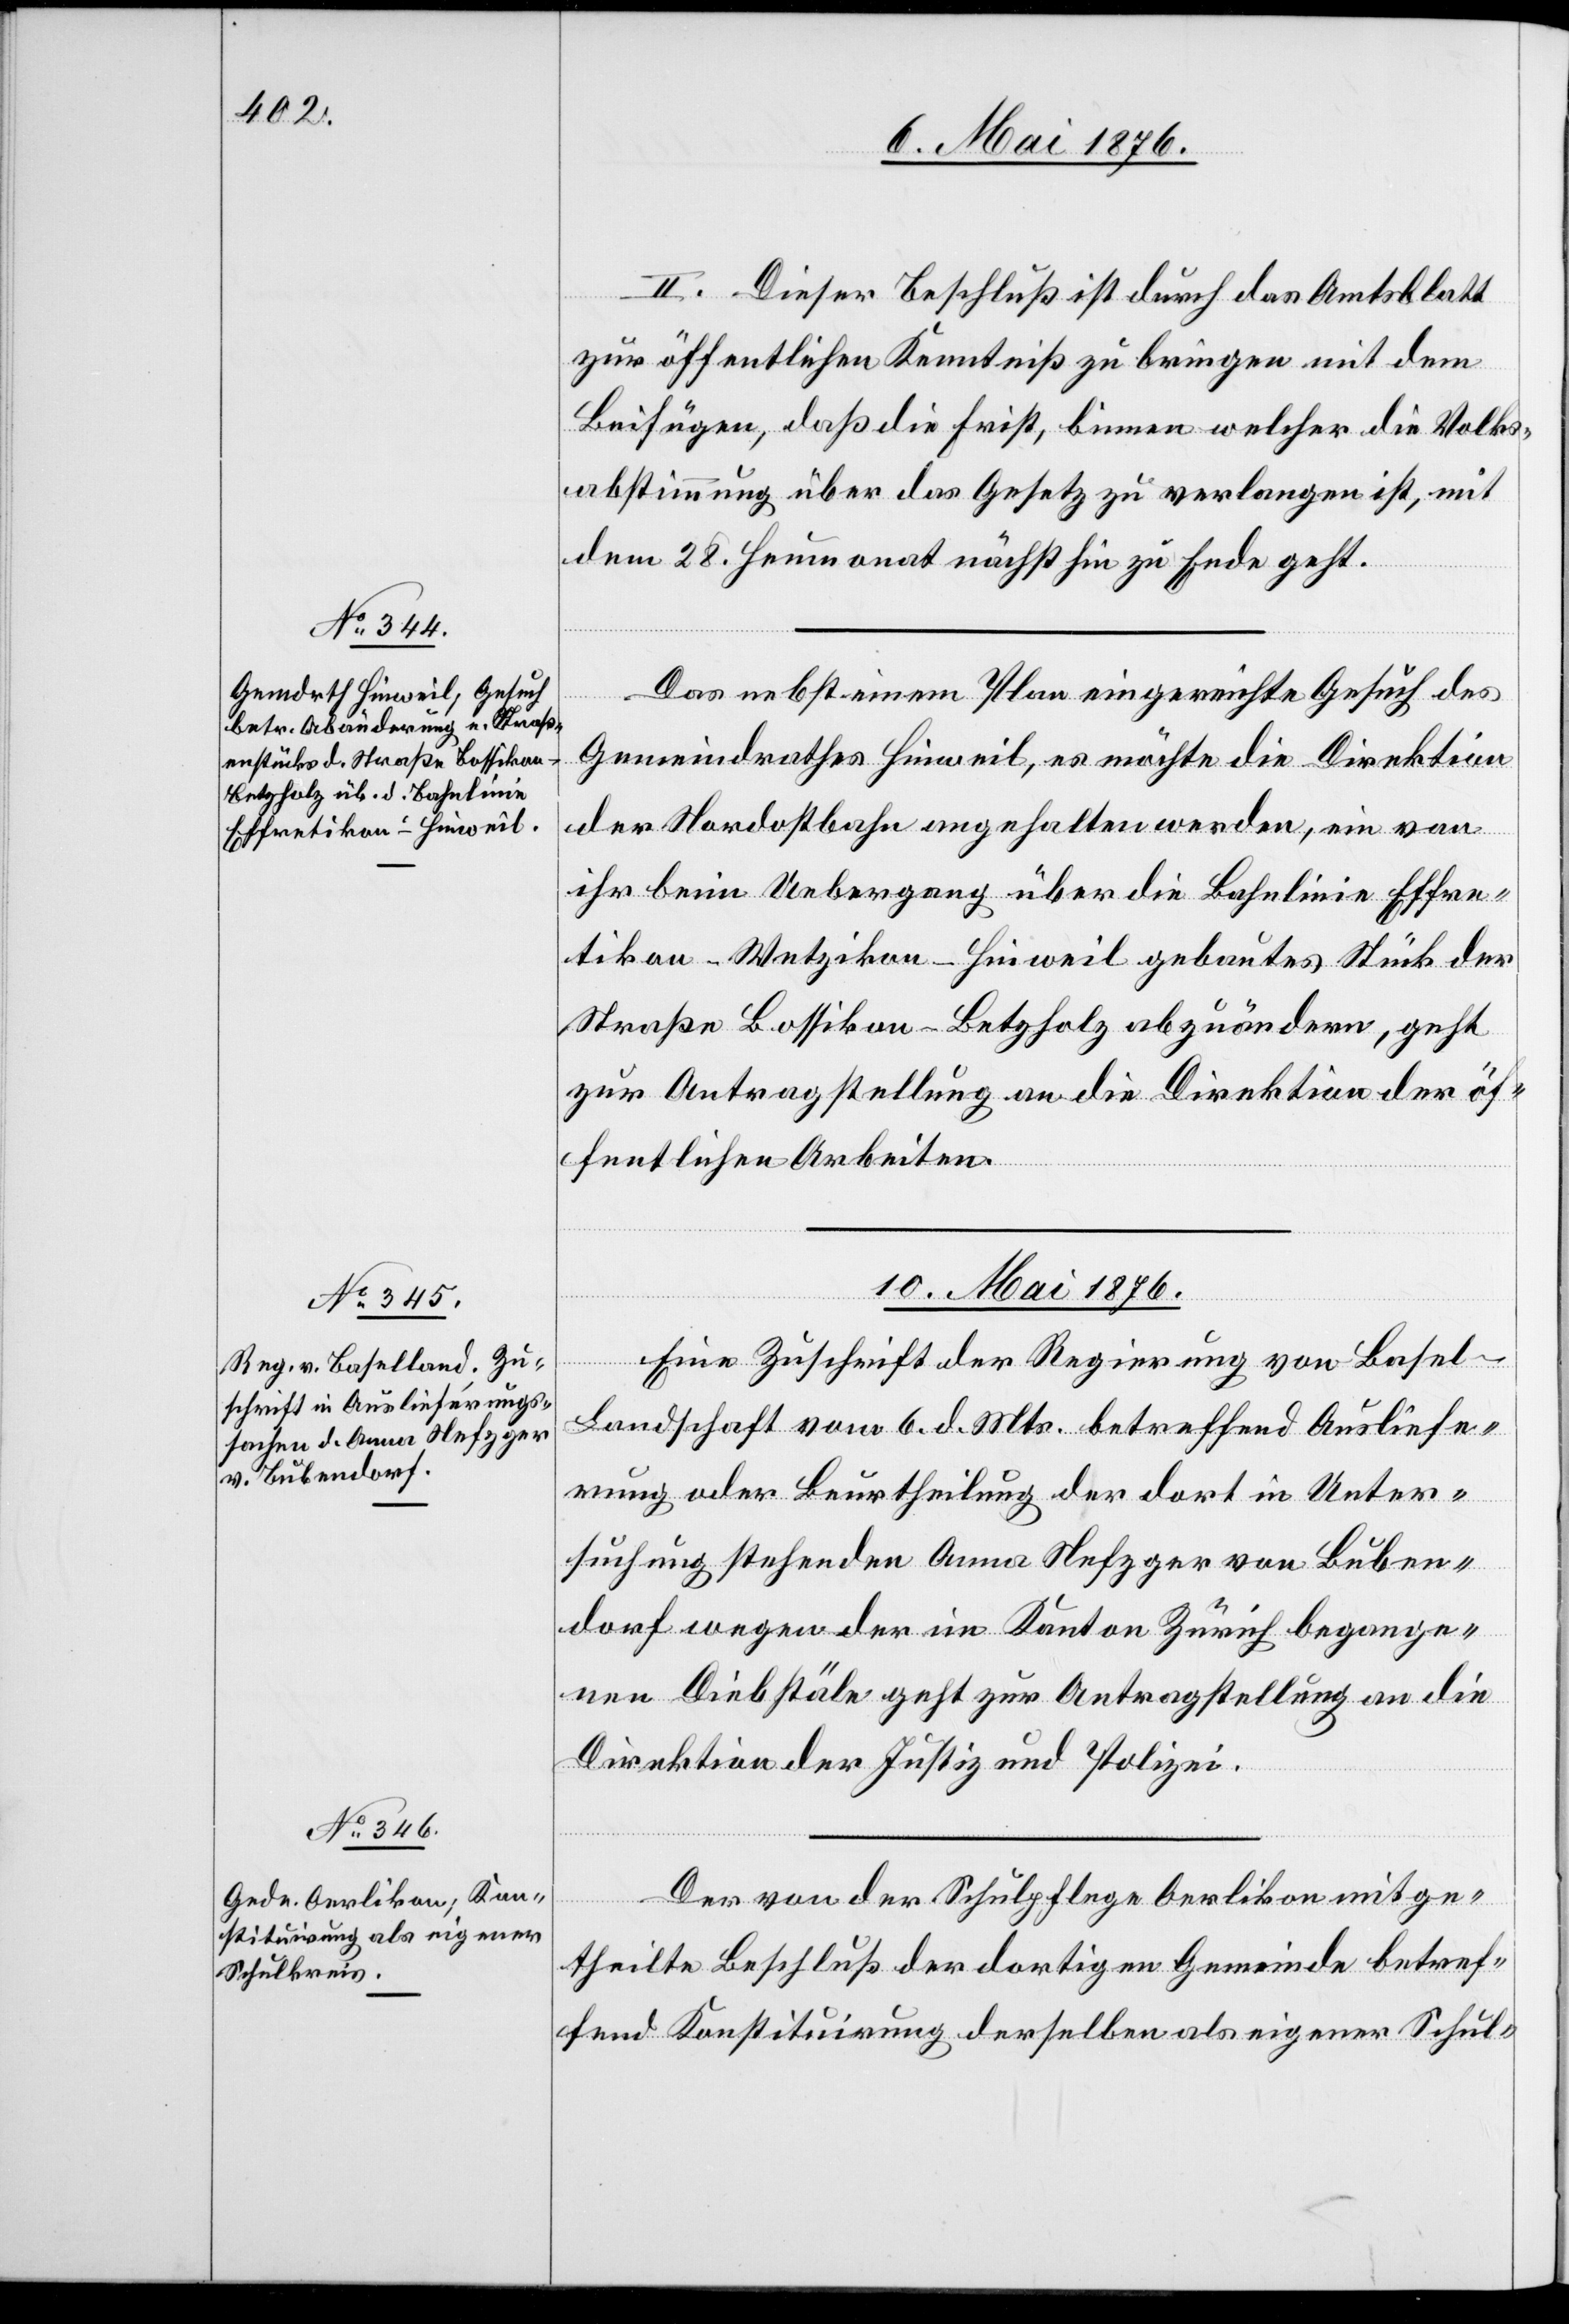
9. Mai 1876.]
II. Dieser Beschluß ist durch das Amtsblatt
zur öffentlichen Kenntniß zu bringen mit dem
Beifügen, daß die Frist, binnen welcher die Volks¬
abstimmung über das Gesetz zu verlangen ist, mit
dem 28. Heumonat nächsthin zu Ende geht.
Das nebst einem Plan eingereichte Gesuch des
Gemeindrathes Hinweil, es möchte die Direktion
der Nordostbahn angehalten werden, ein von
ihr beim Uebergang über die Bahnlinie Effre¬
tikon–Wetzikon–Hinweil gebautes Stück der
Straße Bossikon–Betzholz abzuändern, geht
zur Antragstellung an die Direktion der öf¬
fentlichen Arbeiten.
10. Mai 1876.]
Eine Zuschrift der Regierung von Basel-L¬
andschaft vom 6. d. Mts. betreffend Ausliefe¬
rung oder Beurtheilung der dort in Unter¬
suchung stehenden Anna Metzger von Buben¬
dorf wegen der im Kanton Zürich begange¬
nen Diebstäle geht zur Antragstellung an die
Direktion der Justiz und Polizei.
Der von der Schulpflege Oerlikon mitge¬
theilte Beschluß der dortigen Gemeinde betref¬
fend Konstituirung derselben als eigener Schul-